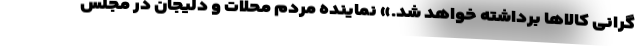
گرانی کالاها برداشته خواهد شد.» نماینده مردم محلات و دلیجان در مجلس